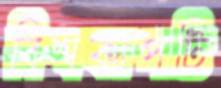
বিশ্বকাপটি